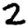
Digit: 2